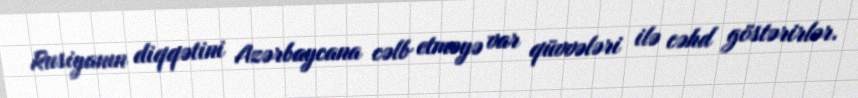
Rusiyanın diqqətini Azərbaycana cəlb etməyə var qüvvələri ilə cəhd göstərirlər.